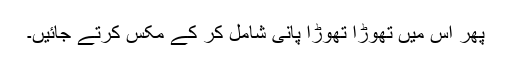
پھر اس میں تھوڑا تھوڑا پانی شامل کر کے مکس کرتے جائیں۔